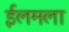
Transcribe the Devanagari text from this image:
ईलमला